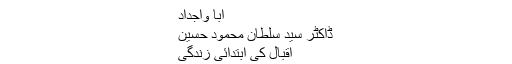
آبا ؤاجداد
ڈاکٹر سید سلطان محمود حسین
اقبال کی ابتدائی زندگی